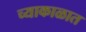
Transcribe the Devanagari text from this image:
च्याकाळात